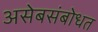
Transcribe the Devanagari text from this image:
असेबसंबोधत